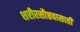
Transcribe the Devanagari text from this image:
शरीरसौष्ठवासाठी